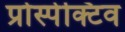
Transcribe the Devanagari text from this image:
प्रोस्पेक्टिव